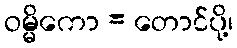
ဝမ္မိကော = တောင်ပို့၊